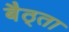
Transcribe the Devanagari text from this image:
बैठ्ता